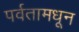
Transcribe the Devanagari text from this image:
पर्वतामधून